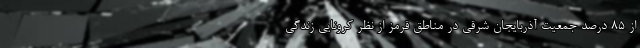
از ۸۵ درصد جمعیت آذربایجان شرقی در مناطق قرمز از نظر کرونایی زندگی